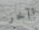
آخر